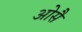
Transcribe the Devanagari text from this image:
ओसै